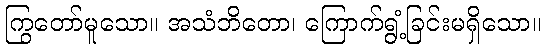
ကြွတော်မူသော။ အသံဘိတော၊ ကြောက်ရွံ့ခြင်းမရှိသော။